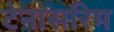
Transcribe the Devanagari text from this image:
टेनासरिम